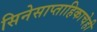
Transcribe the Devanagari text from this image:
सिनेसाप्ताहिकाचेही